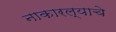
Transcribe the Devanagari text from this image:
नाकारल्याचे